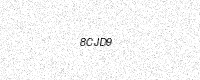
Text: 8CJD9